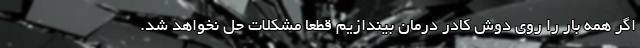
اگر همه بار را روی دوش کادر درمان بیندازیم قطعا مشکلات حل نخواهد شد.